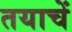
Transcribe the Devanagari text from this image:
तयाचें